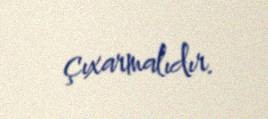
çıxarmalıdır.